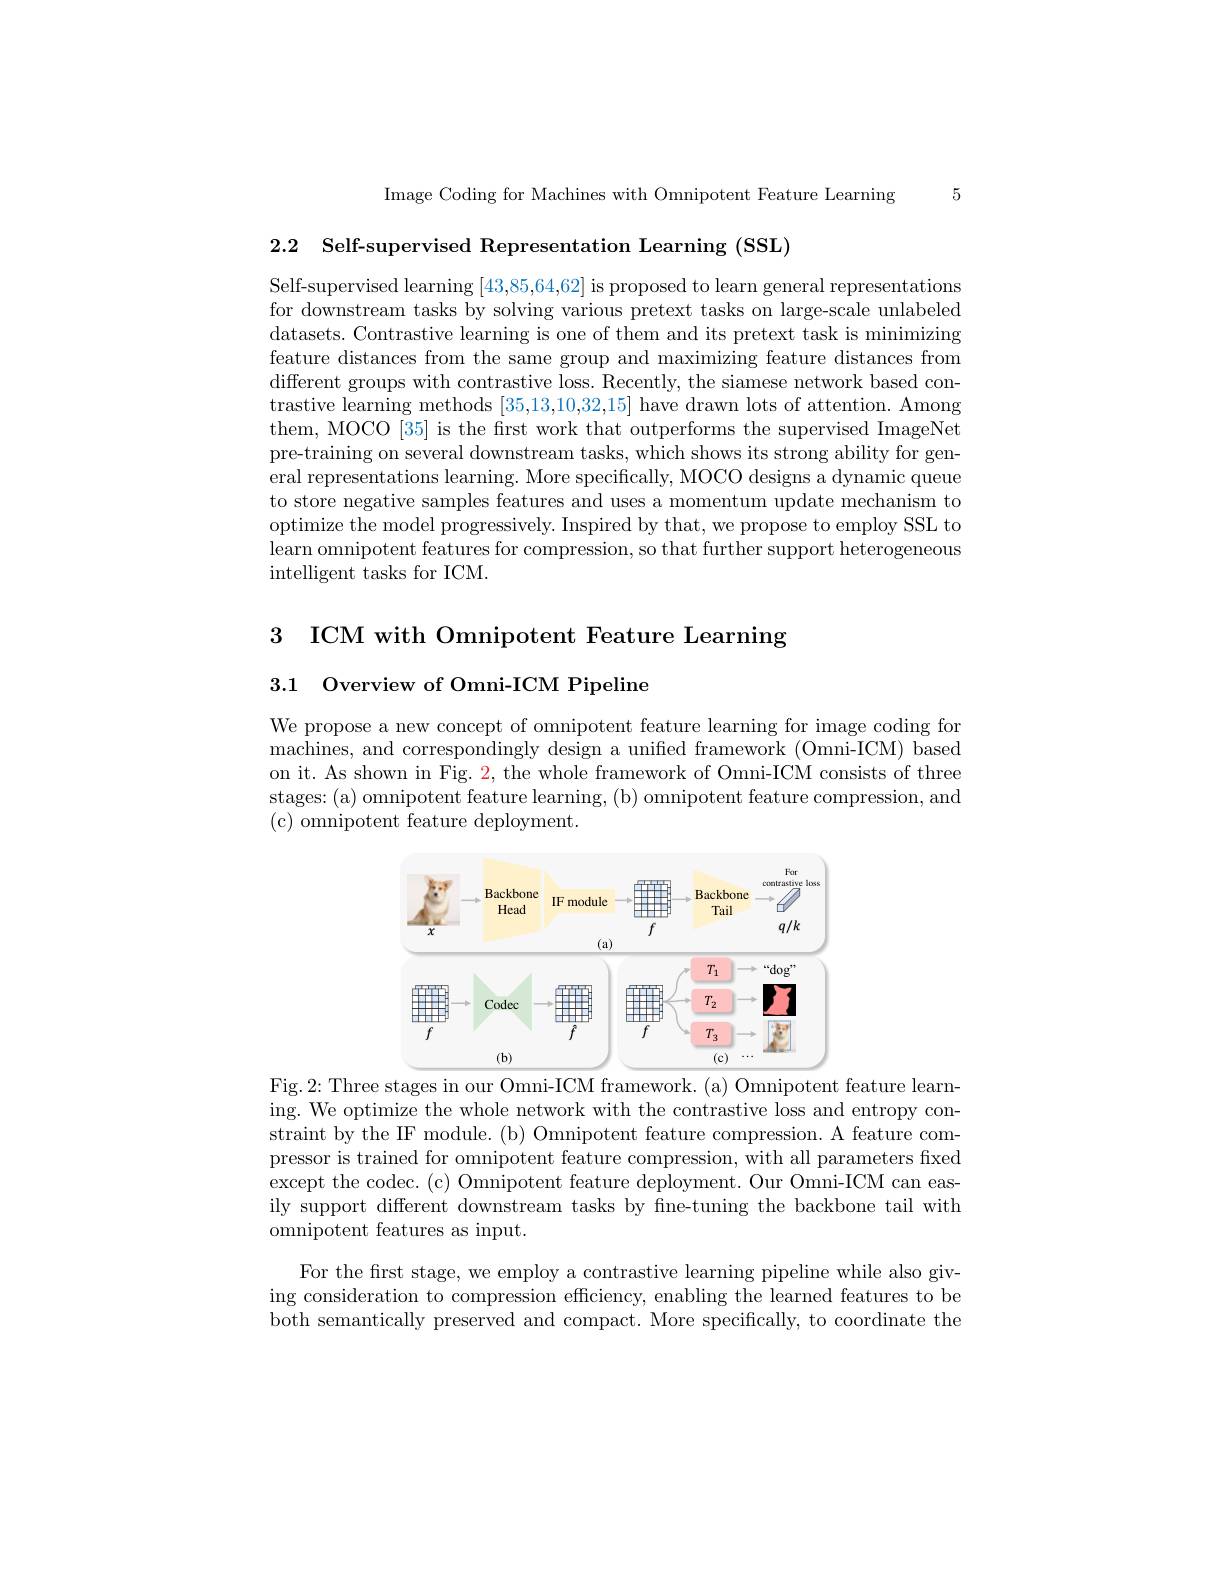
Image Coding for Machines with Omnipotent Feature Learning 5

2.2 Self-supervised Representation Learning (SSL)

Self-supervised learning [43,85,64,62] is proposed to learn general representations for downstream tasks by solving various pretext tasks on large-scale unlabeled datasets. Contrastive learning is one of them and its pretext task is minimizing feature distances from the same group and maximizing feature distances from different groups with contrastive loss. Recently, the siamese network based contrastive learning methods [35,13,10,32,15] have drawn lots of attention. Among them, MOCO [35] is the frst work that outperforms the supervised ImageNet pre-training on several downstream tasks, which shows its strong ability for general representations learning. More specifically, MOCO designs a dynamic queue to store negative samples features and uses a momentum update mechanism to optimize the model progressively. Inspired by that, we propose to employ SSL to learn omnipotent features for compression, so that further support heterogeneous intelligent tasks for ICM.

3 ICM with Omnipotent Feature Learning
3.1 Overview of Omni-ICM Pipeline

We propose a new concept of omnipotent feature learning for image coding for machines, and correspondingly design a unified framework (Omni-ICM) based on it. As shown in Fig. 2, the whole framework of Omni-ICM consists of three stages:(a) omnipotent feature learning, (b) omnipotent feature compression, and (c) omnipotent feature deployment.

<FigureHere>
Fig.2: Three stages in our Omni-ICM framework. (a) Omnipotent feature learn-

ing. We optimize the whole network with the contrastive loss and entropy constraint by the IF module. (b) Omnipotent feature compression. A feature compressor is trained for omnipotent feature compression, with all parameters fixed except the codec. (c) Omnipotent feature deployment. Our Omni-ICM can easily support different downstream tasks by fne-tuning the backbone tail with omnipotent features as input.
For the first stage, we employ a contrastive learning pipeline while also giv-

ing consideration to compression efficiency, enabling the learned features to be both semantically preserved and compact. More specifically, to coordinate the